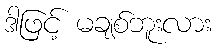
ဒါဖြင့် မချစ်ဘူးလား